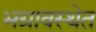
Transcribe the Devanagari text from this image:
भग्रावस्थेत